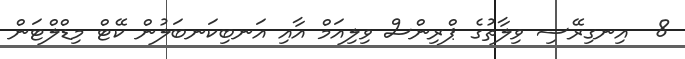
8  އިނގިރޭސި ވިލާތުގެ ޕްރިންސް ވިލިއަމް އާއި އަނބިކަނބަލުން ކޭޓް މިޑްލްޓަން